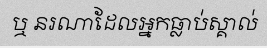
ឬ នរណាដែលអ្នកធ្លាប់ស្គាល់